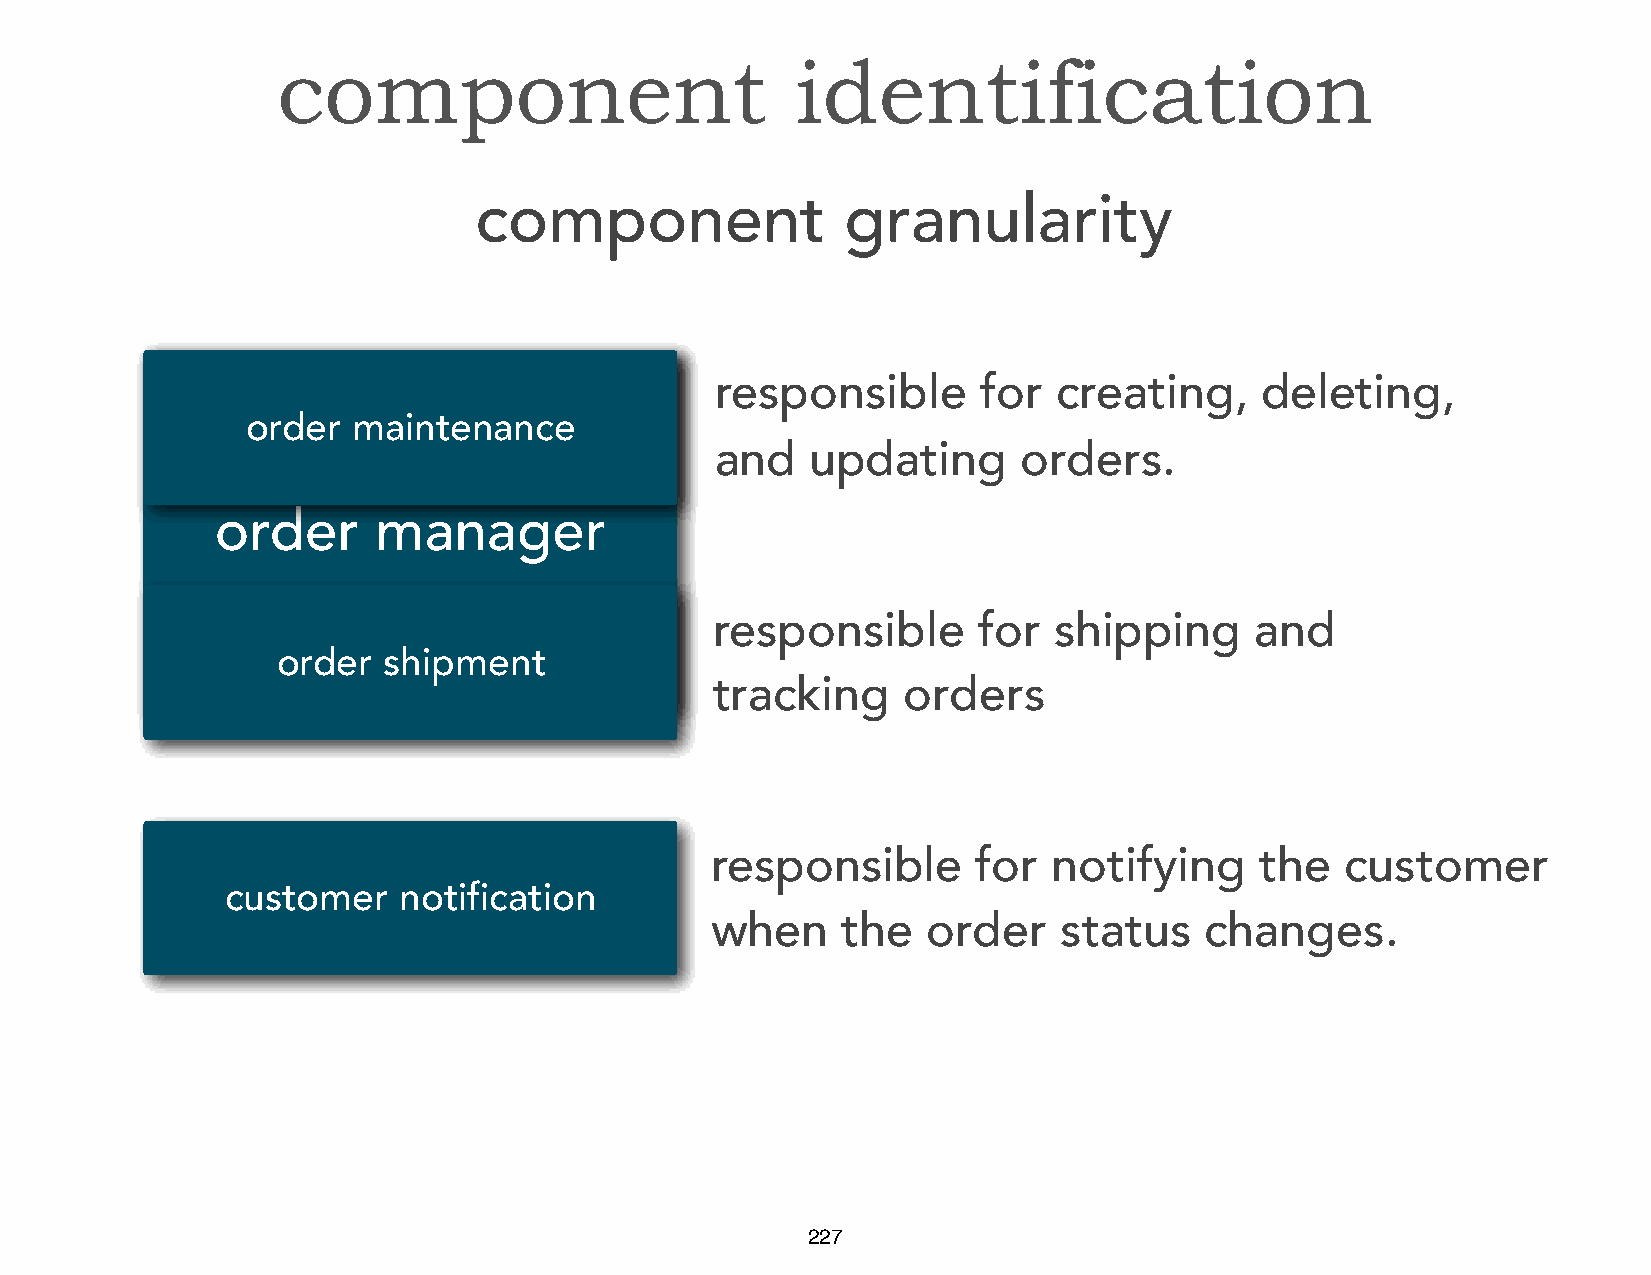
component                          identification
 component                granularity
 responsible       for  creating,    deleting,
 order  maintenance
 and    updating      orders.
 order      manager
 responsible       for  shipping     and
 order  shipment
 tracking     orders
 responsible       for  notifying    the   customer
 customer   notification
 when     the  order    status    changes.
 227